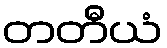
တတီယံ